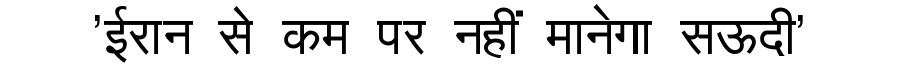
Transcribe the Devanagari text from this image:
'ईरान से कम पर नहीं मानेगा सऊदी'